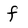
Character: f